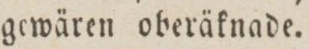
gewären oberäknade.